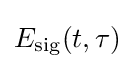
E_{\text{sig}}(t,\tau )